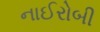
નાઈરોબી